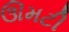
ઊમટી